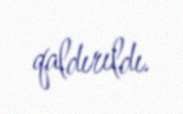
qaldırıldı.